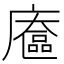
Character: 𢋔